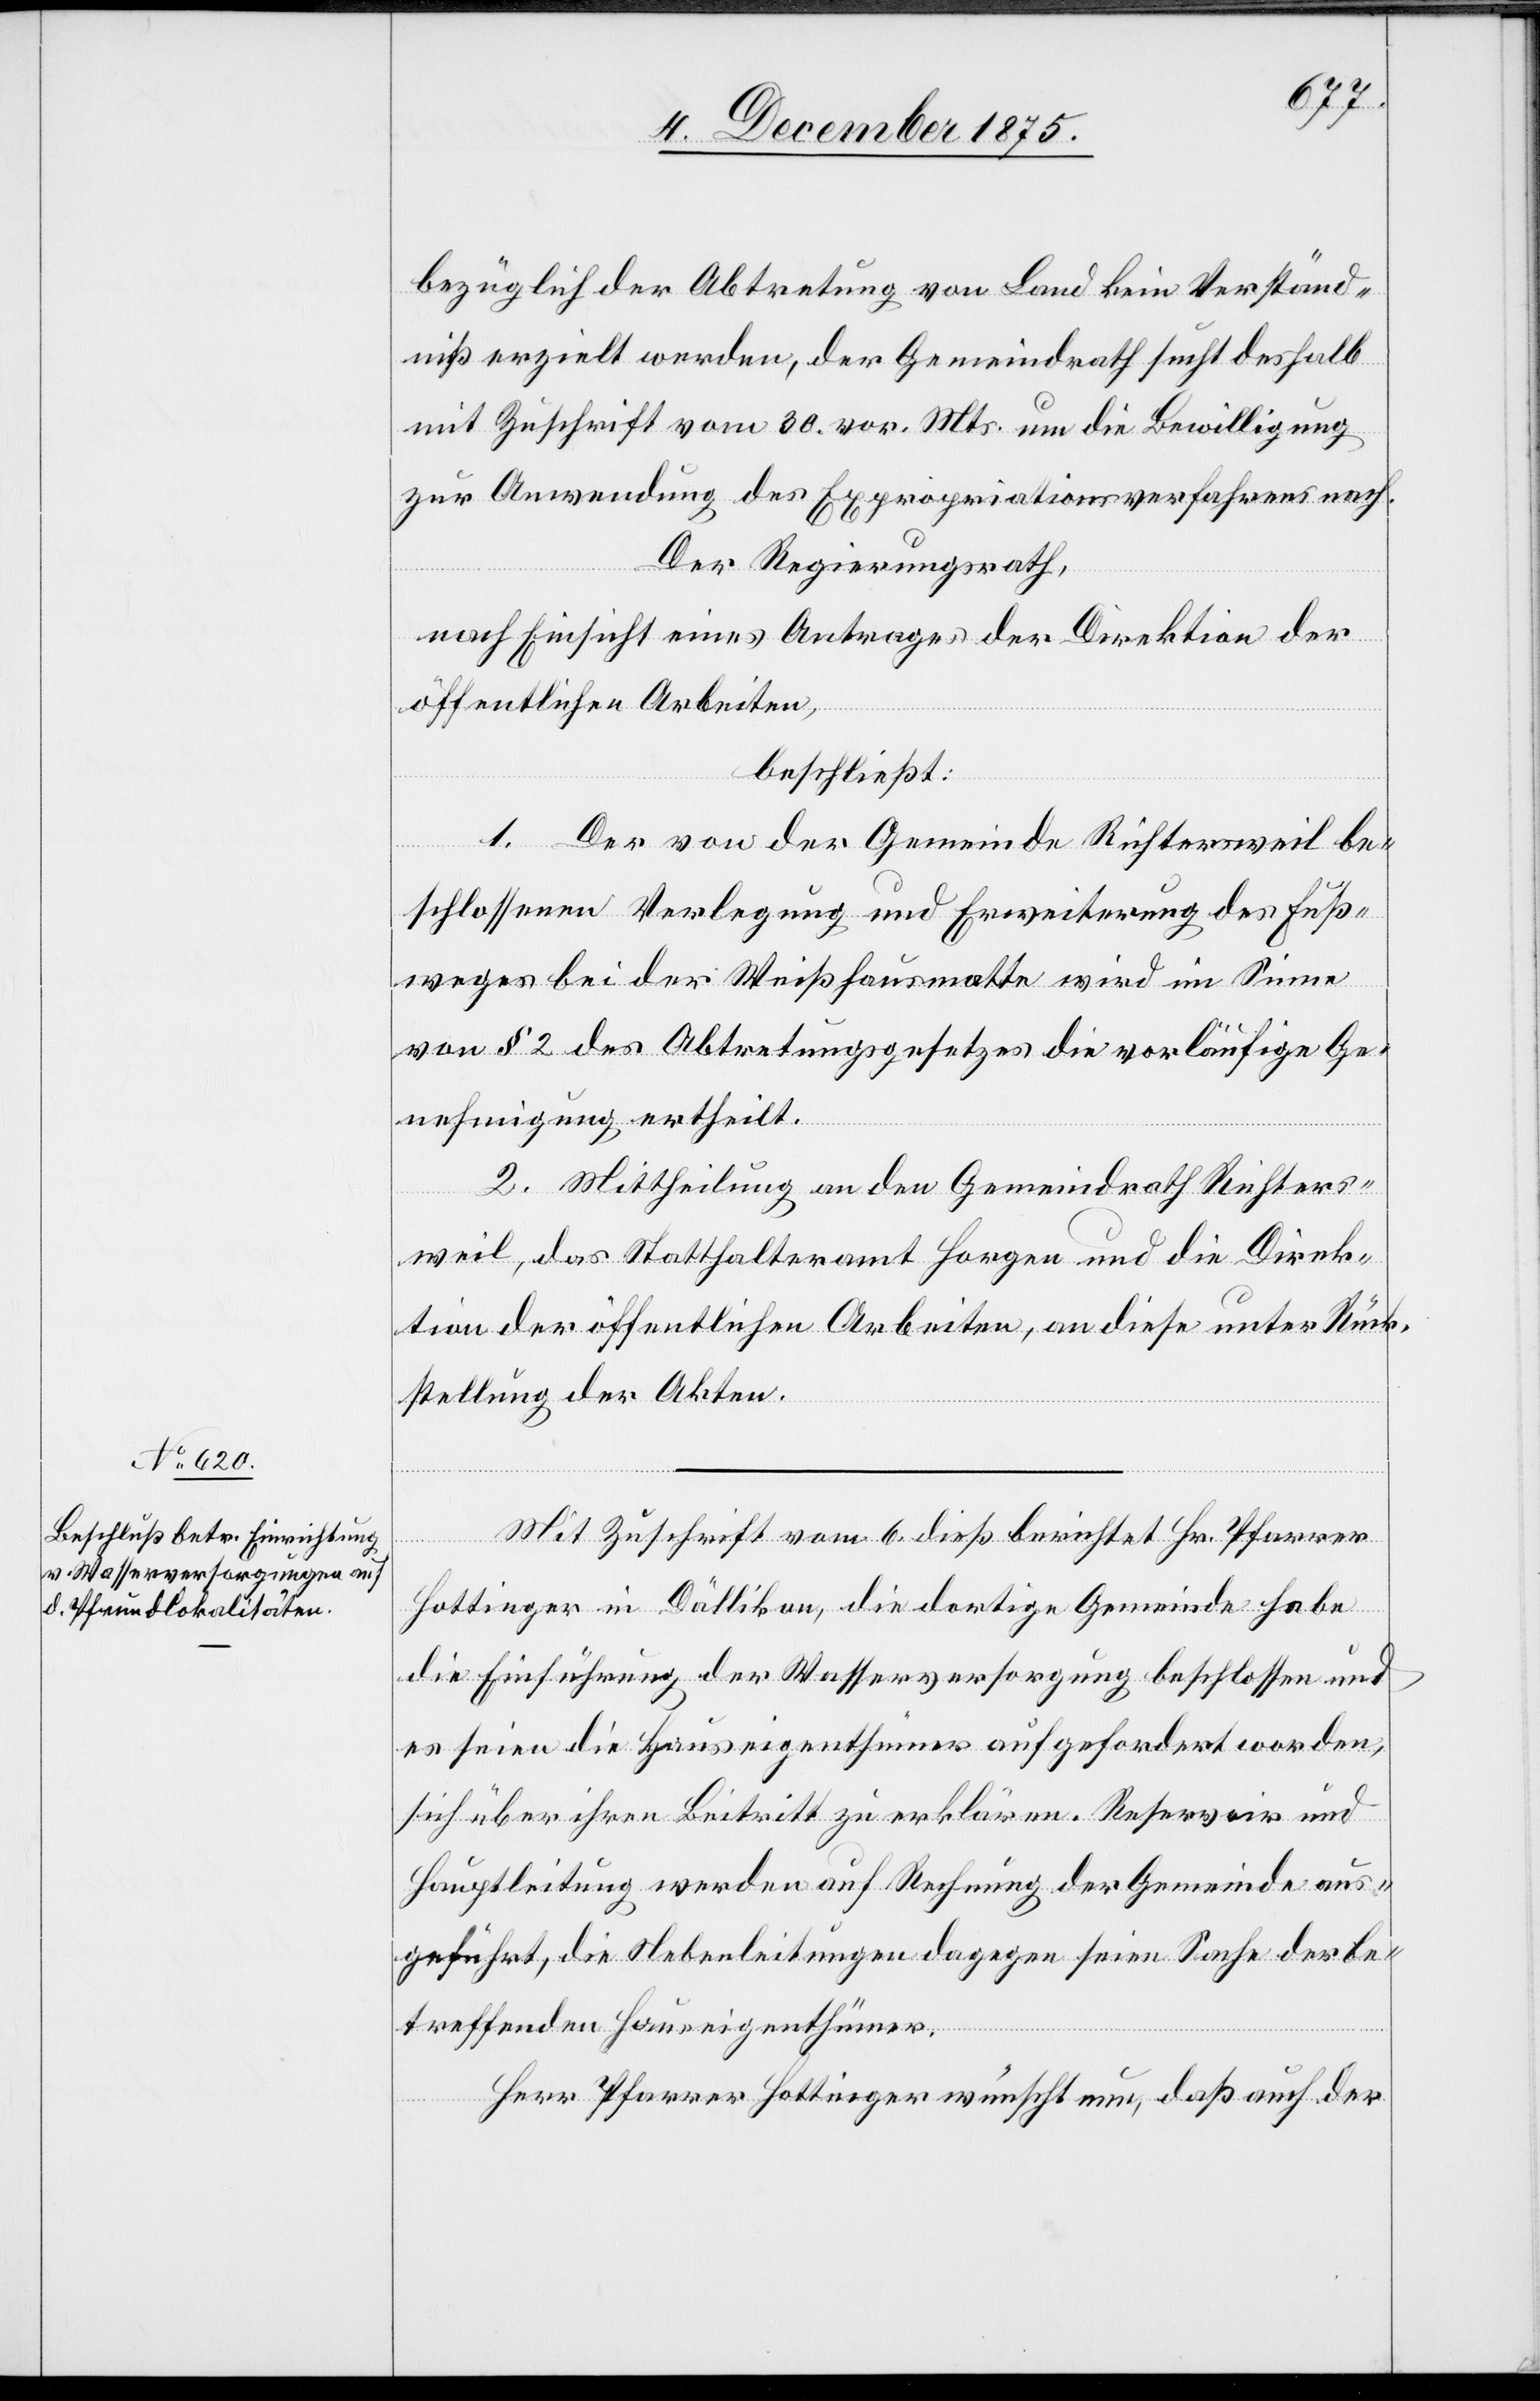
bezüglich der Abtretung von Land kein Verständ¬
niß erzielt werden, der Gemeindrath sucht deshalb
mit Zuschrift vom 30. vor. Mts. um die Bewilligung
zur Anwendung des Expropriationsverfahrens nach.
Der Regierungsrath,
nach Einsicht eines Antrages der Direktion der
öffentlichen Arbeiten,
beschließt:
1. Der von der Gemeinde Richtersweil be¬
schlossenen Verlegung und Erweiterung des Fuß¬
weges bei der Weißhausmatte wird im Sinne
von § 2 des Abtretungsgesetzes die vorläufige Ge¬
nehmigung ertheilt.
2. Mittheilung an den Gemeindrath Richters¬
weil, das Statthalteramt Horgen und die Direk¬
tion der öffentlichen Arbeiten, an diese unter Rück¬
stellung der Akten.
Mit Zuschrift vom 6. dieß berichtet Hr. Pfarrer
Hottinger in Dällikon, die dortige Gemeinde habe
die Einführung der Wasserversorgung beschlossen und
es seien die Hauseigenthümer aufgefordert worden,
sich über ihren Beitritt zu erklären. Reservoir und
Hauptleitung werden auf Rechnung der Gemeinde aus¬
geführt, die Nebenleitungen dagegen seien Sache der be¬
treffenden Hauseigenthümer.
Herr Pfarrer Hottinger wünscht nun, daß auch der